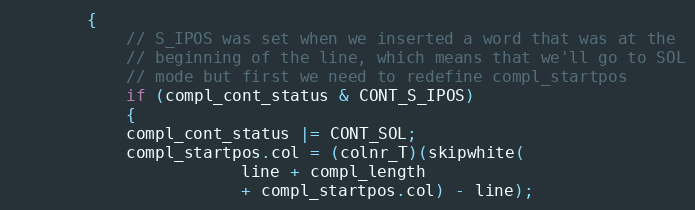
Language: C
		{
		    // S_IPOS was set when we inserted a word that was at the
		    // beginning of the line, which means that we'll go to SOL
		    // mode but first we need to redefine compl_startpos
		    if (compl_cont_status & CONT_S_IPOS)
		    {
			compl_cont_status |= CONT_SOL;
			compl_startpos.col = (colnr_T)(skipwhite(
						line + compl_length
						+ compl_startpos.col) - line);